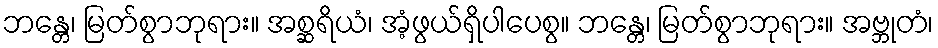
ဘန္တေ၊ မြတ်စွာဘုရား။ အစ္ဆရိယံ၊ အံ့ဖွယ်ရှိပါပေစွ။ ဘန္တေ၊ မြတ်စွာဘုရား။ အဗ္ဘုတံ၊